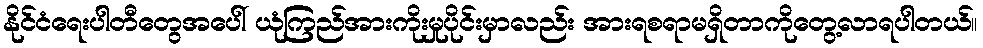
နိုင်ငံရေးပါတီတွေအပေါ် ယုံကြည်အားကိုးမှုပိုင်းမှာလည်း အားရစရာမရှိတာကိုတွေ့လာရပါတယ်။